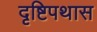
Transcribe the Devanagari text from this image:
दृष्टिपथास